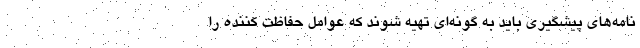
نامه‌های پیشگیری باید به گونه‌ای تهیه شوند که عوامل حفاظت کننده را